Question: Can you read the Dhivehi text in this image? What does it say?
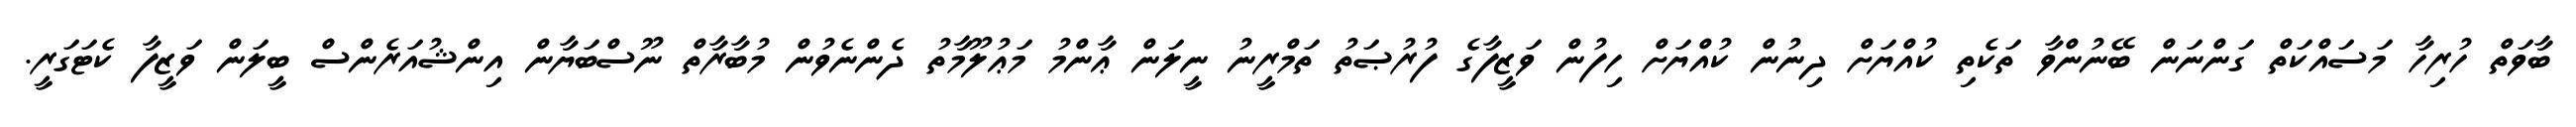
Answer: ބާވަތް ހުރިހާ މަސައްކަތް ގަންނަން ބޭނުންވާ ތަކެތި ކުއްޔަށް ދިނުން ކުއްޔަށް ހިފުން ވަޒީފާގެ ފުރުޞަތު ތަމްރީނު ނީލަން ޢާންމު މަޢުލޫމާތު ދެންނެވުން މުބާރާތް ނޫސްބަޔާން އިންޝުއަރެންސް ބީލަން ވަޒީފާ ކެޓަގަރީ.